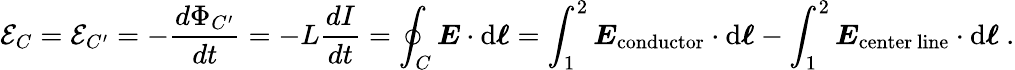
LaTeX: {\mathcal{E}}_{C}={\mathcal{E}}_{C^{\prime}}=-{\frac{d\Phi_{C^{\prime}}}{dt}}=-L{\frac{dI}{dt}}=\oint_{C}{\boldsymbol{E}}\cdot\mathrm{d}{\boldsymbol{\ell}}=\int_{1}^{2}{\boldsymbol{E}}_{\mathrm{conductor}}\cdot\mathrm{d}{\boldsymbol{\ell}}-\int_{1}^{2}{\boldsymbol{E}}_{\mathrm{center\ line}}\cdot\mathrm{d}{\boldsymbol{\ell}}\ .